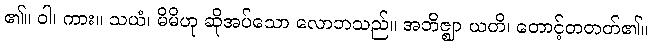
၏။ ဝါ၊ ကား။ သယံ၊ မိမိဟု ဆိုအပ်သော လောဘသည်။ အဘိဇ္ဈာ ယတိ၊ တောင့်တတတ်၏။